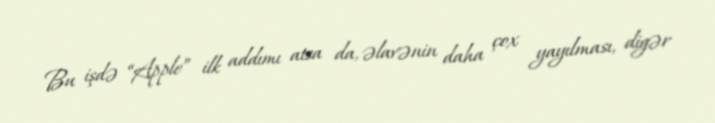
Bu işdə “Apple” ilk addımı atsa da, əlavənin daha çox yayılması, digər